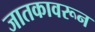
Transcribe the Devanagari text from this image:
जातकावरून